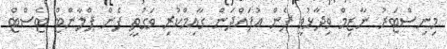
މިނިސްޓަރު ނާޒިމް ވިދާޅުވީ ފެން އުފައްދަން ގާއިމްކުރި ވަގުތީ ފެން ޕްލާންޓް ޓެސްޓް